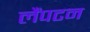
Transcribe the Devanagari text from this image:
लैंपटन